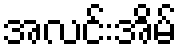
အလင်းအိမ်